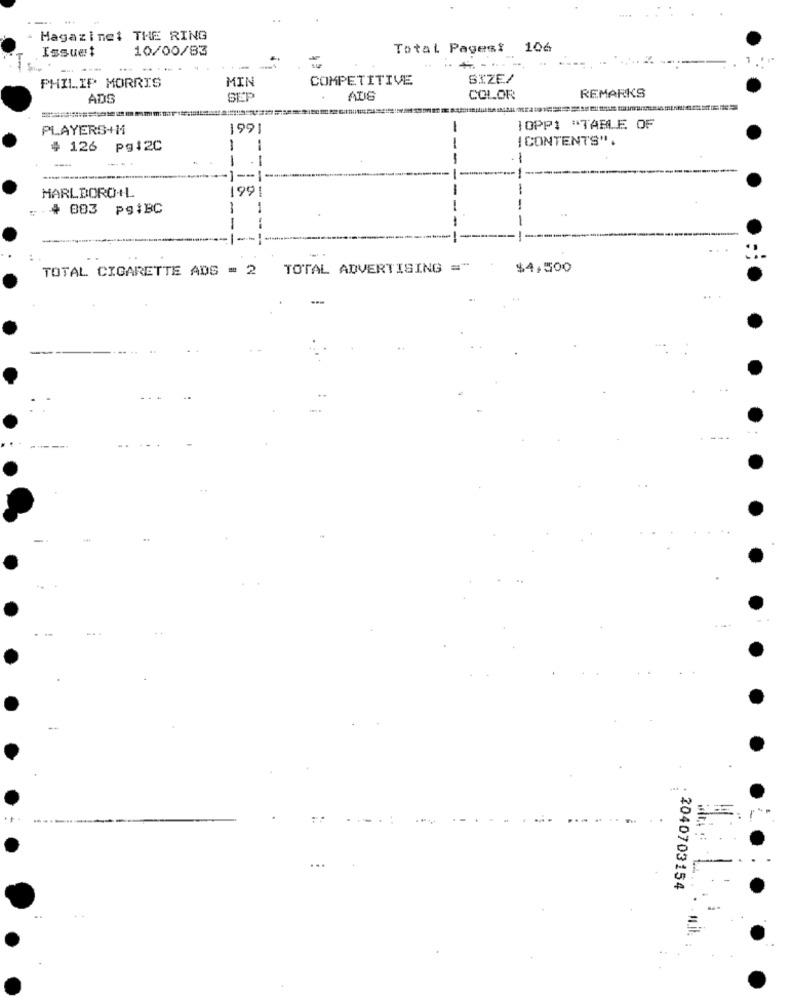
Magazinet THE RING
Issuet
10/00/83
Total Pagesi 106
-----
PHILLIP MORRIS
MIN
COMPETITIVE
SIZE/
REMARKS
ADS
SEP
COLOR
PLAYERS+H
1991
IOPPI "TABLE OF
{ CONTENTS"
# 126 pg:2C
--
-
--
-
-
-
1991
MARLBORO+L
4 083 pgiBC
1
-
--
-
TOTAL CIGARETTE ADS = 2 TOTAL ADVERTISING ="
$4.500
2040703154